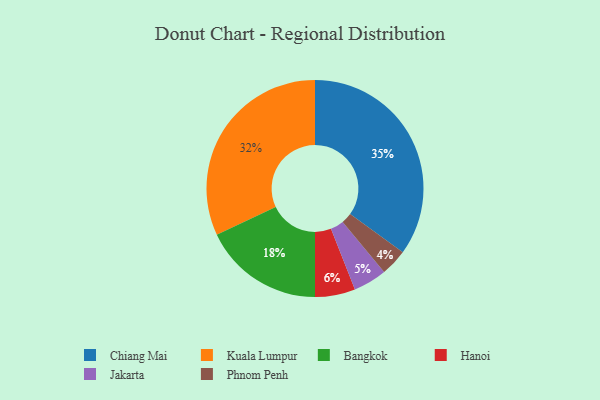
{"axis": {"x": "Category", "y": "Percentage"}, "legend": ["Bangkok", "Chiang Mai", "Hanoi", "Jakarta", "Kuala Lumpur", "Phnom Penh"], "data": [{"x": "Chiang Mai", "y": 35, "type": "Chiang Mai"}, {"x": "Phnom Penh", "y": 4, "type": "Phnom Penh"}, {"x": "Jakarta", "y": 5, "type": "Jakarta"}, {"x": "Kuala Lumpur", "y": 32, "type": "Kuala Lumpur"}, {"x": "Bangkok", "y": 18, "type": "Bangkok"}, {"x": "Hanoi", "y": 6, "type": "Hanoi"}]}